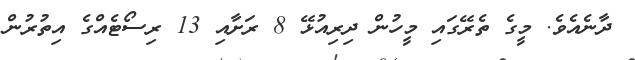
ދާނެއެވެ. މީގެ ތެރޭގައި މީހުން ދިރިއުޅޭ 8 ރަށާއި 13 ރިސޯޓެއްގެ އިތުރުން